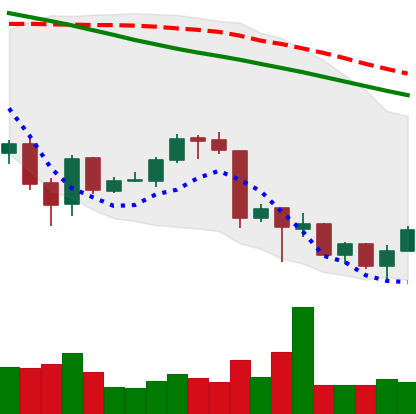
Ticker: ETH-USD
Chart end date: 2018-06-30
Forward return: 4.225%
Label: up_3_5